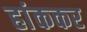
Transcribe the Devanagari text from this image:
हांककर